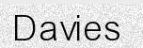
Davies